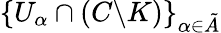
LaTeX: \{ U_{\alpha}\cap(C\backslash K)\} _{\alpha\in\tilde{A}}